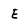
Character: E